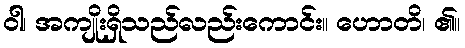
ဝါ၊ အကျိုးရှိသည်လည်းကောင်း။ ဟောတိ၊ ၏။